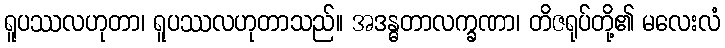
ရူပဿလဟုတာ၊ ရူပဿလဟုတာသည်။ အဒန္ဓတာလက္ခဏာ၊ တိဇရုပ်တို့၏ မလေးလံ